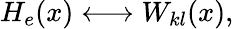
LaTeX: H_{e}(x)\longleftrightarrow W_{kl}(x),